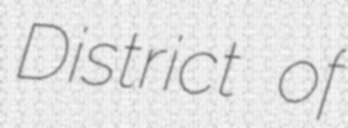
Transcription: District of